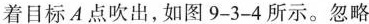
着目标A点吹出，如图9-3-4所示。忽略